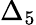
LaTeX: \Delta_{5}